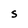
Character: S